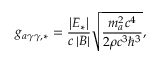
g _ { a \gamma \gamma , * } = \frac { \left| \boldsymbol E _ { * } \right| } { c \left| \boldsymbol B \right| } \sqrt { \frac { m _ { a } ^ { 2 } c ^ { 4 } } { 2 \rho c ^ { 3 } \hbar ^ { 3 } } } ,